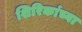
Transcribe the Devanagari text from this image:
शिरिकांच्या